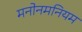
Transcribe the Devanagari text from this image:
मनोनमनियम